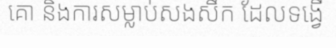
គោ និងការសម្លាប់សងសឹក ដែលទង្វើ